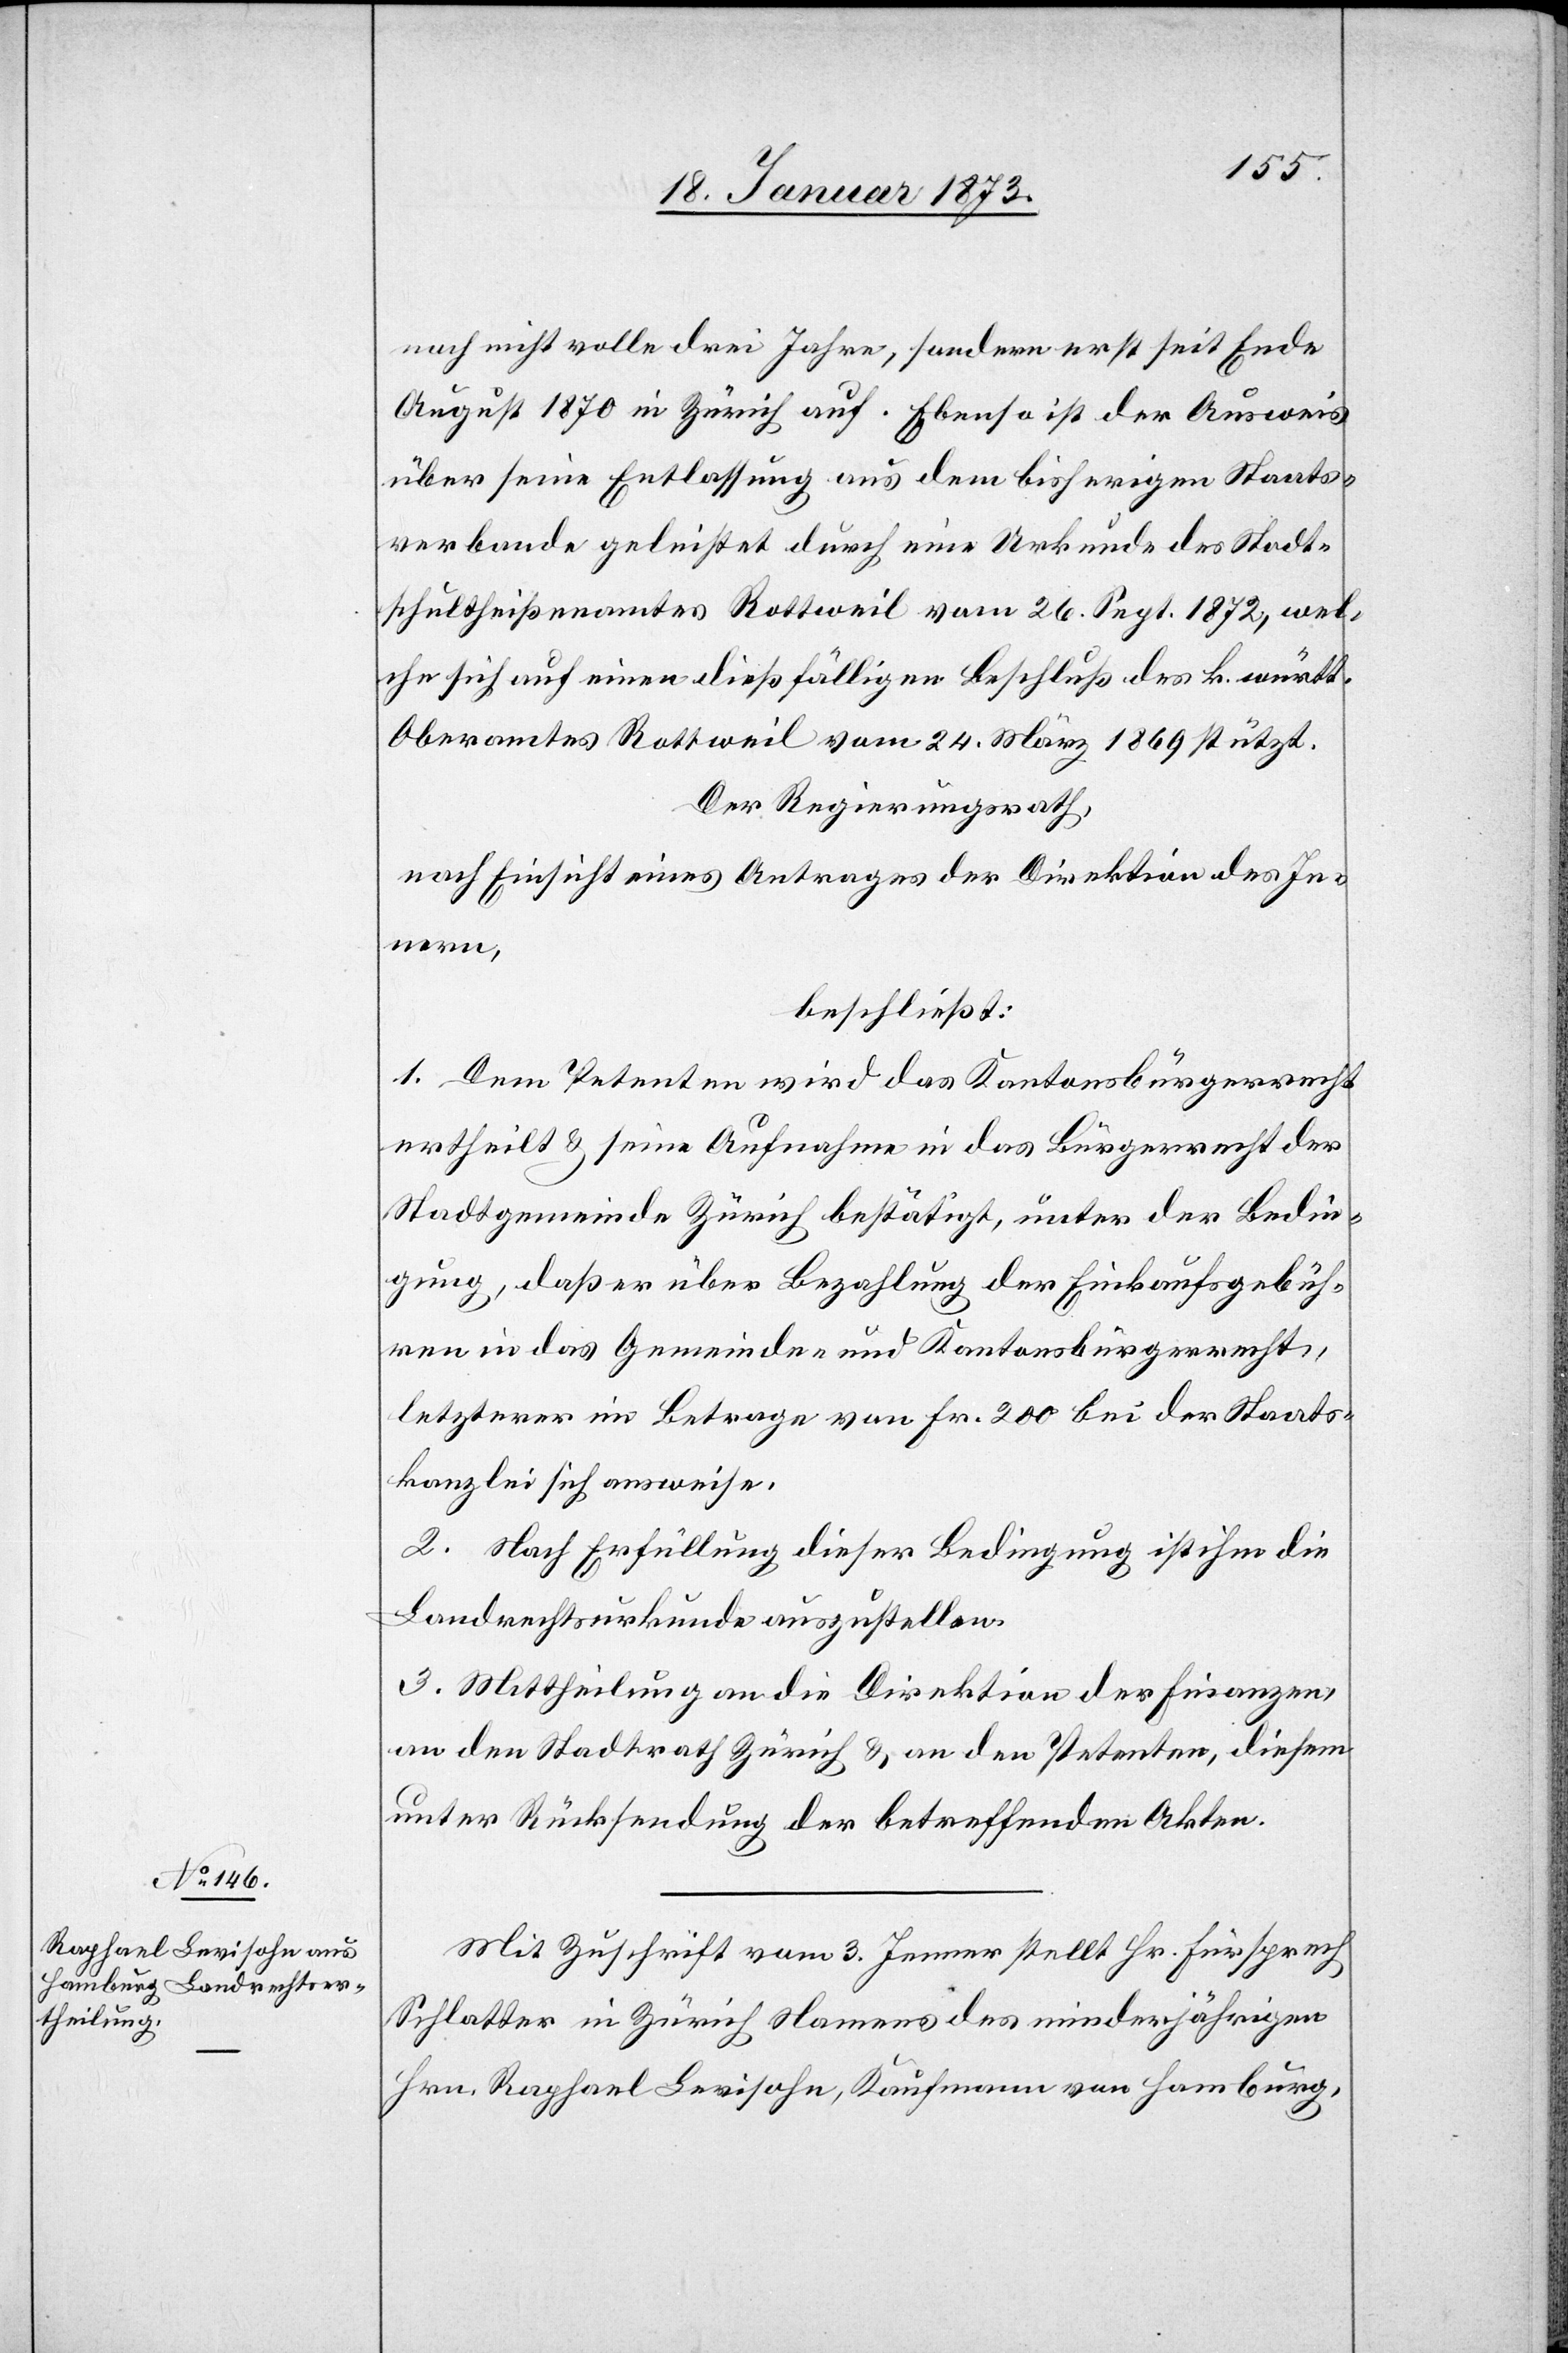
noch nicht volle drei Jahre, sondern erst seit Ende
August 1870 in Zürich auf. Ebenso ist der Ausweis
über seine Entlassung aus dem bisherigen Staats¬
verbande geleistet durch eine Urkunde des Stadt¬
schultheißenamtes Rottweil vom 26. Sept. 1872, wel¬
che sich auf einen dießfälligen Beschluß des k. württ.
Oberamtes Rottweil vom 24. März 1869 stützt.
Der Regierungsrath,
nach Einsicht eines Antrages der Direktion des In¬
nern,
beschließt:
1. Dem Petenten wird das Kantonsbürgerrecht
ertheilt u. seine Aufnahme in das Bürgerrecht der
Stadtgemeinde Zürich bestätigt, unter der Bedin¬
gung, daß er über Bezahlung der Einkaufsgebüh¬
ren in das Gemeinde- und Kantonsbürgerrecht,
letzterer im Betrage von Fr. 200 bei der Staats¬
kanzlei sich ausweise.
2. Nach Erfüllung dieser Bedingung ist ihm die
Landrechtsurkunde auszustellen.
3. Mittheilung an die Direktion der Finanzen,
an den Stadtrath Zürich u. an den Petenten, diesem
unter Rücksendung der betreffenden Akten.
Mit Zuschrift vom 3. Jenner stellt Hr. Fürsprech
Schlatter in Zürich Namens des minderjährigen
Hrn. Raphael Levisohn, Kaufmann von Hamburg,